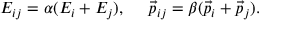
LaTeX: E _ { i j } = \alpha ( E _ { i } + E _ { j } ) , ~ ~ ~ ~ \vec { p } _ { i j } = \beta ( \vec { p } _ { i } + \vec { p } _ { j } ) .